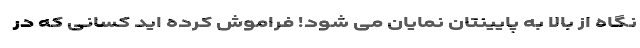
نگاه از بالا به پایینتان نمایان می شود! فراموش کرده اید کسانی که در